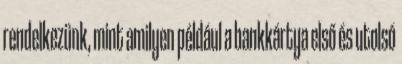
rendelkezünk, mint amilyen például a bankkártya első és utolsó